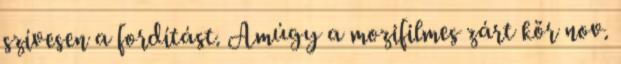
szívesen a fordítást. Amúgy a mozifilmes zárt kör nov.